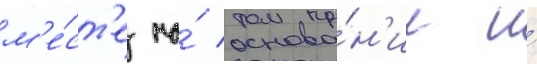
м'е́ст'е на́ основа́н'ии и́